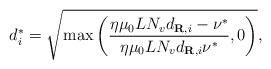
LaTeX: \begin{align*}d_i^*=\sqrt{\max\left(\frac{\eta\mu_0LN_vd_{\textbf{R},i}-\nu^*}{\eta\mu_0LN_vd_{\textbf{R},i}\nu^*},0\right)},\end{align*}